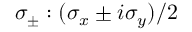
\sigma _ { \pm } : ( \sigma _ { x } \pm i \sigma _ { y } ) / 2